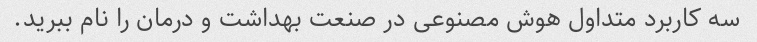
سه کاربرد متداول هوش مصنوعی در صنعت بهداشت و درمان را نام ببرید.